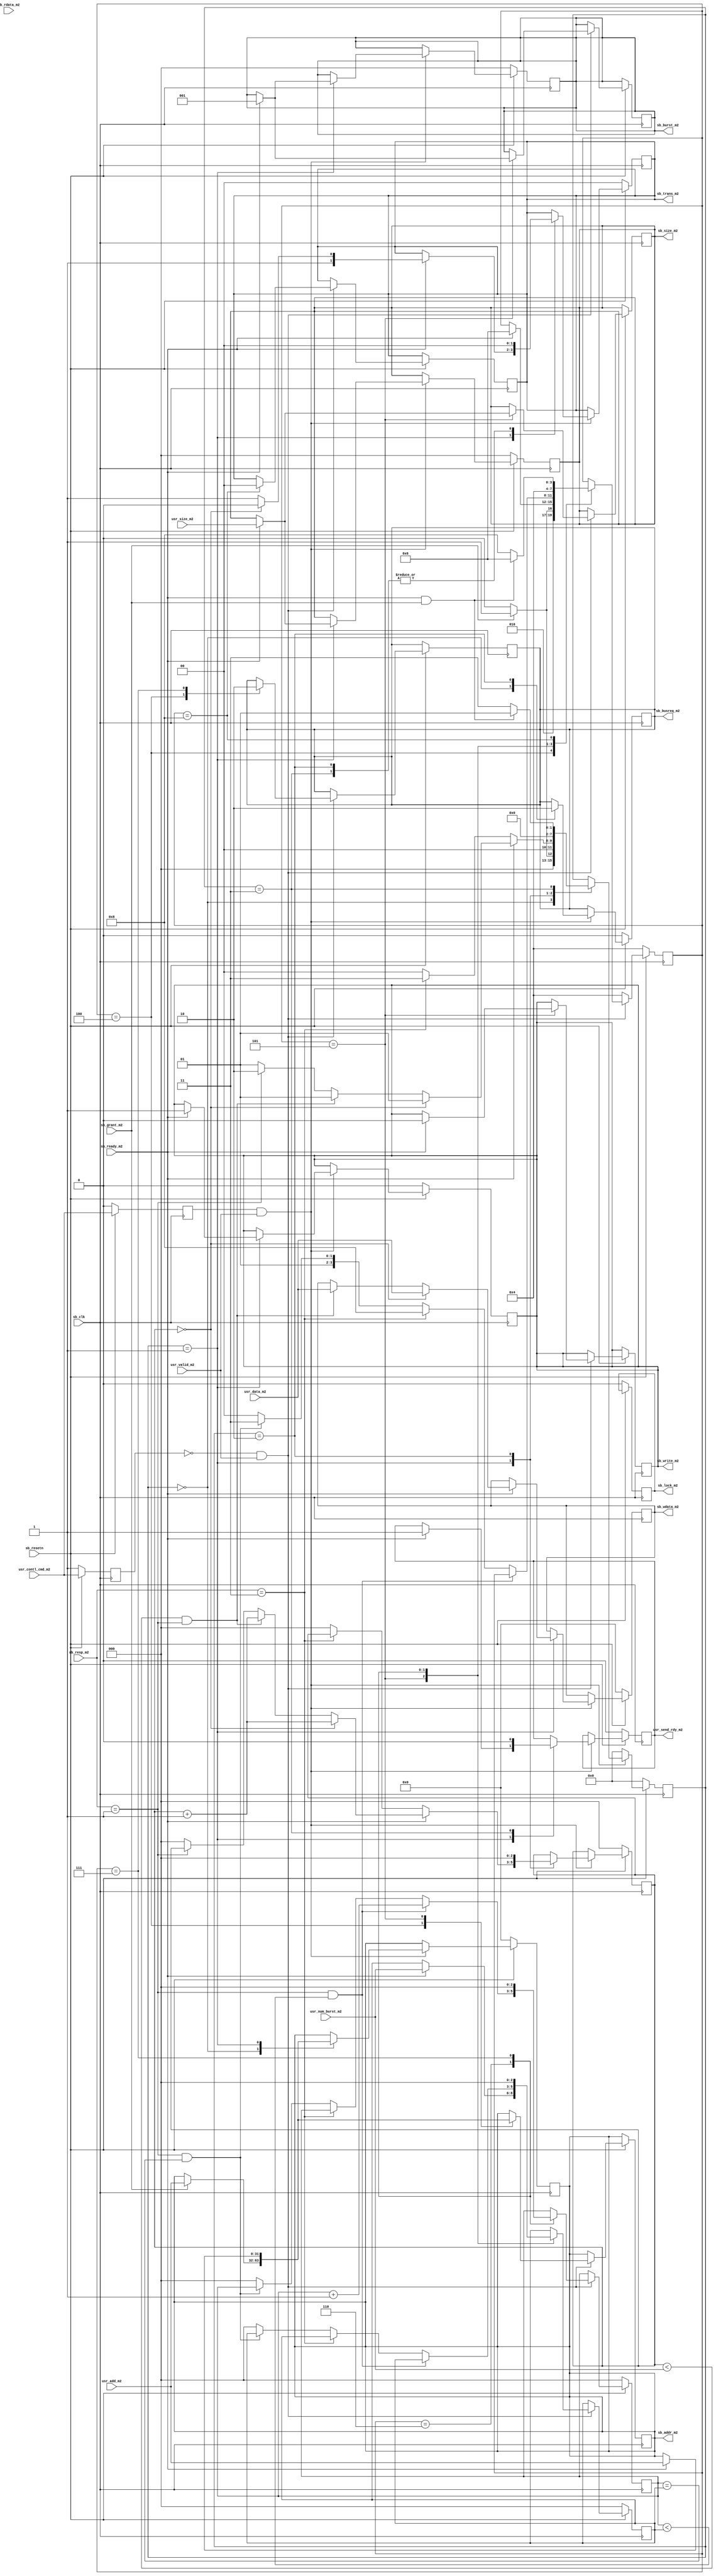
`timescale 1ns / 1ps
//////////////////////////////////////////////////////////////////////////////////
// Company: 
// Engineer: 
// 
// Design Name: 
// Module Name: SBmaster1
// Project Name: 
// Target Devices: 
// Tool Versions: 
// Description: 
// 
// Dependencies: 
// 
// Revision:
// Revision 0.01 - File Created
// Additional Comments:
// 
//////////////////////////////////////////////////////////////////////////////////


module SBmaster2(
 sb_resetn,
 sb_clk,
 
 sb_grant_m2,
 sb_ready_m2,
 sb_resp_m2,
 sb_rdata_m2,
 
 sb_busreq_m2,
 sb_lock_m2,
 sb_trans_m2,
 sb_addr_m2,
 sb_write_m2,
 sb_size_m2,
 sb_burst_m2,
 sb_wdata_m2,
 
 // user interface for testing
  usr_contl_cmd_m2,
  usr_size_m2,
  usr_data_m2,
  usr_num_burst_m2,
  usr_add_m2,
  usr_valid_m2,
  
  usr_send_rdy_m2
    );
//---------------------------------------------------------------------------------------------------------------------
// parameter definitions
//---------------------------------------------------------------------------------------------------------------------
    
//---------------------------------------------------------------------------------------------------------------------
// localparam definitions
//---------------------------------------------------------------------------------------------------------------------
 
    localparam                          SB_ADDR_WIDTH         		= 32;                             
    localparam                          SB_TRAS_TYPE          		= 2;
    localparam   					    SB_TRANS_SIZE         		= 3;
    localparam                          SB_BURST_NUM          		= 3;
    localparam                          SB_WDATA_WIDTH        		= 32;
	localparam                          SB_RDATA_WIDTH        		= 32;
	localparam                          SB_RESP_TYPE          		= 2;
	localparam               			RESP_STATE_WIDTH 	  		= 2;
	localparam [RESP_STATE_WIDTH-1:0] 	SPLIT  				  		= 3;
	localparam [RESP_STATE_WIDTH-1:0] 	OKAY   						= 1;
	localparam [RESP_STATE_WIDTH-1:0] 	ERROR  						= 2;


    
	localparam [SB_BURST_NUM-1:0]      	INCR		              	= 1;
	
	localparam [RESP_STATE_WIDTH-1:0] 	IDLE   						= 0;
	localparam [RESP_STATE_WIDTH-1:0] 	BUSY   						= 1;
	localparam [RESP_STATE_WIDTH-1:0] 	NONSEQ 						= 2;
	localparam [RESP_STATE_WIDTH-1:0] 	SEQ    						= 3;
	
	localparam 							STATE_WIDTH      		    = 4;
        	
	localparam [STATE_WIDTH-1:0]			STATE_INIT_BUS_REQ 		= 0;
	localparam [STATE_WIDTH-1:0]			STATE_WR_CONTRL    		= 1;   
	localparam [STATE_WIDTH-1:0]			STATE_WR_FINISH    		= 2;
	localparam [STATE_WIDTH-1:0]			STATE_SPLIT_OCCUR  		= 3;
	localparam [STATE_WIDTH-1:0]			STATE_INIT_BUS_RD_REQ 	= 4;
	localparam [STATE_WIDTH-1:0]			STATE_RD_CONTRL			= 5;
	localparam [STATE_WIDTH-1:0]			STATE_RD_DATA			= 6;
	localparam [STATE_WIDTH-1:0]			STATE_RD_FINISH			= 7;
	localparam [STATE_WIDTH-1:0]			STATE_SPLIT_RDOCCUR		= 8;
//------------------------------			---------------------------------------------------------------------------------------
// I/O signals
//---------------------------------------------------------------------------------------------------------------------

    input                                   sb_clk;
    input                                   sb_resetn;


    // axi4 stream rx interface (connection to donwstream module)
    input							       sb_grant_m2;
    input               				   sb_ready_m2;
    input       [SB_RESP_TYPE-1:0]         sb_resp_m2;
    input       [SB_RDATA_WIDTH-1:0]       sb_rdata_m2;
	
    output reg     	                       sb_busreq_m2;
    output reg      	   				   sb_lock_m2;
    output reg  [SB_TRAS_TYPE-1:0]  	   sb_trans_m2;
	output reg  [SB_ADDR_WIDTH-1:0] 	   sb_addr_m2;
	output reg                             sb_write_m2;
	output reg  [SB_TRANS_SIZE-1:0]        sb_size_m2;
	output reg  [SB_BURST_NUM-1:0]         sb_burst_m2;
	output reg  [SB_WDATA_WIDTH-1:0]       sb_wdata_m2;   

    input                                  usr_contl_cmd_m2;
	input 		[SB_TRANS_SIZE-1:0]		   usr_size_m2;
	input		[SB_WDATA_WIDTH-1:0]	   usr_data_m2;
	input		[SB_TRANS_SIZE-1:0]        usr_num_burst_m2;
	input 		[SB_ADDR_WIDTH-1:0]        usr_add_m2;
	input                                  usr_valid_m2;
										   
	output reg							   usr_send_rdy_m2;
	//output reg usr_stop;
	
	

	reg [STATE_WIDTH-1:0]                                  wr_state;
	reg [STATE_WIDTH-1:0]                     			   rd_state;
	reg [SB_TRANS_SIZE-1:0]				   beat_counter;
	reg wr_en;
	reg rd_en;
	reg [SB_TRANS_SIZE-1:0]     num_burst;
	reg [SB_TRANS_SIZE-1:0]    current_read_burst;
	reg [SB_RDATA_WIDTH-1:0]	rd_data;
	
	always @(posedge sb_clk)begin
		if(!sb_resetn)begin
			beat_counter <= {SB_TRANS_SIZE*{1'b0}};
			usr_send_rdy_m2 <= 1'b0;
			wr_en <= 1'b0;
			wr_state <= STATE_INIT_BUS_REQ;
			sb_busreq_m2<= {1'b0};
			sb_lock_m2	<= {1'b0};
			sb_trans_m2	<= {SB_TRAS_TYPE*{1'b0}};
			sb_addr_m2	<= {SB_ADDR_WIDTH*{1'b0}};
			sb_write_m2	<= {1'b0};
			sb_size_m2	<= {SB_TRANS_SIZE*{1'b0}};
			sb_burst_m2	<= {SB_BURST_NUM*{1'b0}};
			sb_wdata_m2	<= {SB_WDATA_WIDTH*{1'b0}}; 
			//usr_stop <=1'b0;
		end
		else begin
			wr_en <= usr_contl_cmd_m2;
			if(wr_en && usr_valid_m2) begin
			case(wr_state)
				STATE_INIT_BUS_REQ : begin
					sb_busreq_m2 <= 1'b1;
					if(sb_grant_m2)begin
					wr_state  <= STATE_WR_CONTRL;
					sb_addr_m2	<= usr_add_m2;
					end
					else begin
						wr_state  <= STATE_INIT_BUS_REQ;
					end
				end
				STATE_WR_CONTRL	: begin
					if(sb_ready_m2)begin
						sb_addr_m2	<= usr_add_m2;
						sb_write_m2	<= 1'b1;
						sb_size_m2	<= usr_size_m2;
						sb_burst_m2	<= INCR;
						usr_send_rdy_m2 <= 1'b1;  // indicate the user to send data
						if(beat_counter==3'b0) begin
							sb_wdata_m2	<= usr_data_m2;
							beat_counter<= beat_counter+1;
							wr_state  <= STATE_WR_CONTRL;
						end
						else if(beat_counter < usr_num_burst_m2 && sb_resp_m2==OKAY)begin
							sb_wdata_m2	<= usr_data_m2;
							beat_counter<= beat_counter+1;
							wr_state  <= STATE_WR_CONTRL;
						end	
						else begin
							if(sb_resp_m2==OKAY) begin
								wr_state  <= STATE_WR_FINISH;
							end
							else begin
								wr_state  <= STATE_WR_CONTRL;
								beat_counter <= {SB_TRANS_SIZE*{1'b0}};
							end
						end
						if(beat_counter==3'b0)begin
							sb_trans_m2 <= NONSEQ;
						end
						else begin
							sb_trans_m2 <= SEQ;
						end
					end
					else begin
						if(sb_resp_m2==SPLIT) begin
							wr_state  <= STATE_SPLIT_OCCUR;
						end
						else begin
							wr_state <= STATE_INIT_BUS_REQ;
							beat_counter <= {SB_TRANS_SIZE*{1'b0}};
						end
					end
				end
				STATE_WR_FINISH	: begin
					wr_state  <= STATE_INIT_BUS_REQ;
					sb_trans_m2 <= IDLE;
					beat_counter <= {SB_TRANS_SIZE*{1'b0}};
					sb_busreq_m2 <= 1'b0;
					//usr_stop <=1'b1;
				end
				STATE_SPLIT_OCCUR : begin
					sb_trans_m2 <= IDLE;
					usr_send_rdy_m2 <= 1'b0;
					if(sb_ready_m2 && sb_grant_m2) begin
						wr_state <=STATE_WR_CONTRL; 
					end
					else begin
						wr_state <=STATE_SPLIT_OCCUR;
					end
				end
			endcase
			end
			else begin
				wr_state <= STATE_INIT_BUS_REQ;
			end
		end
	end
	
	always @(posedge sb_clk)begin
		if(!sb_resetn)begin
			rd_en <=1'b1;
			current_read_burst <= {SB_TRANS_SIZE*{1'b0}};
			num_burst <= {SB_TRANS_SIZE*{1'b0}};
			rd_state<=STATE_INIT_BUS_RD_REQ;
		end
		else begin
			rd_en <= usr_contl_cmd_m2;
			if(!rd_en && usr_valid_m2) begin
			case(rd_state) 
				STATE_INIT_BUS_RD_REQ : begin
					sb_busreq_m2 <= 1'b1;
					if(sb_grant_m2)begin
					rd_state  <= STATE_RD_CONTRL;
					sb_addr_m2	<= usr_add_m2;
					end
					else begin
						rd_state  <= STATE_INIT_BUS_RD_REQ;
					end
				end
				STATE_RD_CONTRL	: begin
					if(sb_ready_m2)begin
						sb_addr_m2	<= usr_add_m2;
						sb_write_m2	<= 1'b0;
						sb_size_m2	<= usr_size_m2;
						sb_burst_m2	<= INCR;
						rd_state  <= STATE_RD_DATA;
						num_burst<= usr_num_burst_m2;
			        end
				end
				STATE_RD_DATA	: begin
					if(sb_resp_m2==OKAY && current_read_burst<num_burst)begin
						rd_data <= sb_rdata_m2;
						current_read_burst<=current_read_burst+1;
					end
					else if(sb_resp_m2==SPLIT) begin
						rd_state  <= STATE_SPLIT_RDOCCUR;
					end
					else if(sb_resp_m2==OKAY && current_read_burst==num_burst) begin
						rd_state  <= STATE_RD_FINISH;
					end
					else begin
						rd_state  <= STATE_INIT_BUS_RD_REQ;
						current_read_burst <= {SB_TRANS_SIZE*{1'b0}};
						num_burst <= {SB_TRANS_SIZE*{1'b0}};
					end
				end
				STATE_RD_FINISH	: begin
					rd_state  <= STATE_INIT_BUS_RD_REQ;
					current_read_burst <= {SB_TRANS_SIZE*{1'b0}};
					num_burst <= {SB_TRANS_SIZE*{1'b0}};
					sb_busreq_m2 <= 1'b0;
				end
				STATE_SPLIT_RDOCCUR : begin
					sb_trans_m2 <= IDLE;
					if(sb_ready_m2 && sb_grant_m2) begin
						rd_state <=STATE_RD_DATA; 
					end
					else begin
						rd_state <=STATE_SPLIT_RDOCCUR;
					end
				end
			endcase
				
			end
			else begin
				rd_state<=STATE_INIT_BUS_RD_REQ;
			end
	    end
	end
endmodule